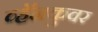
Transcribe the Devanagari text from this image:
व्हॅनकुवर